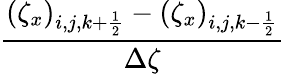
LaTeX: \frac{(\zeta_{x})_{i,j,k+\frac{1}{2}}-(\zeta_{x})_{i,j,k-\frac{1}{2}}}{\Delta\zeta}